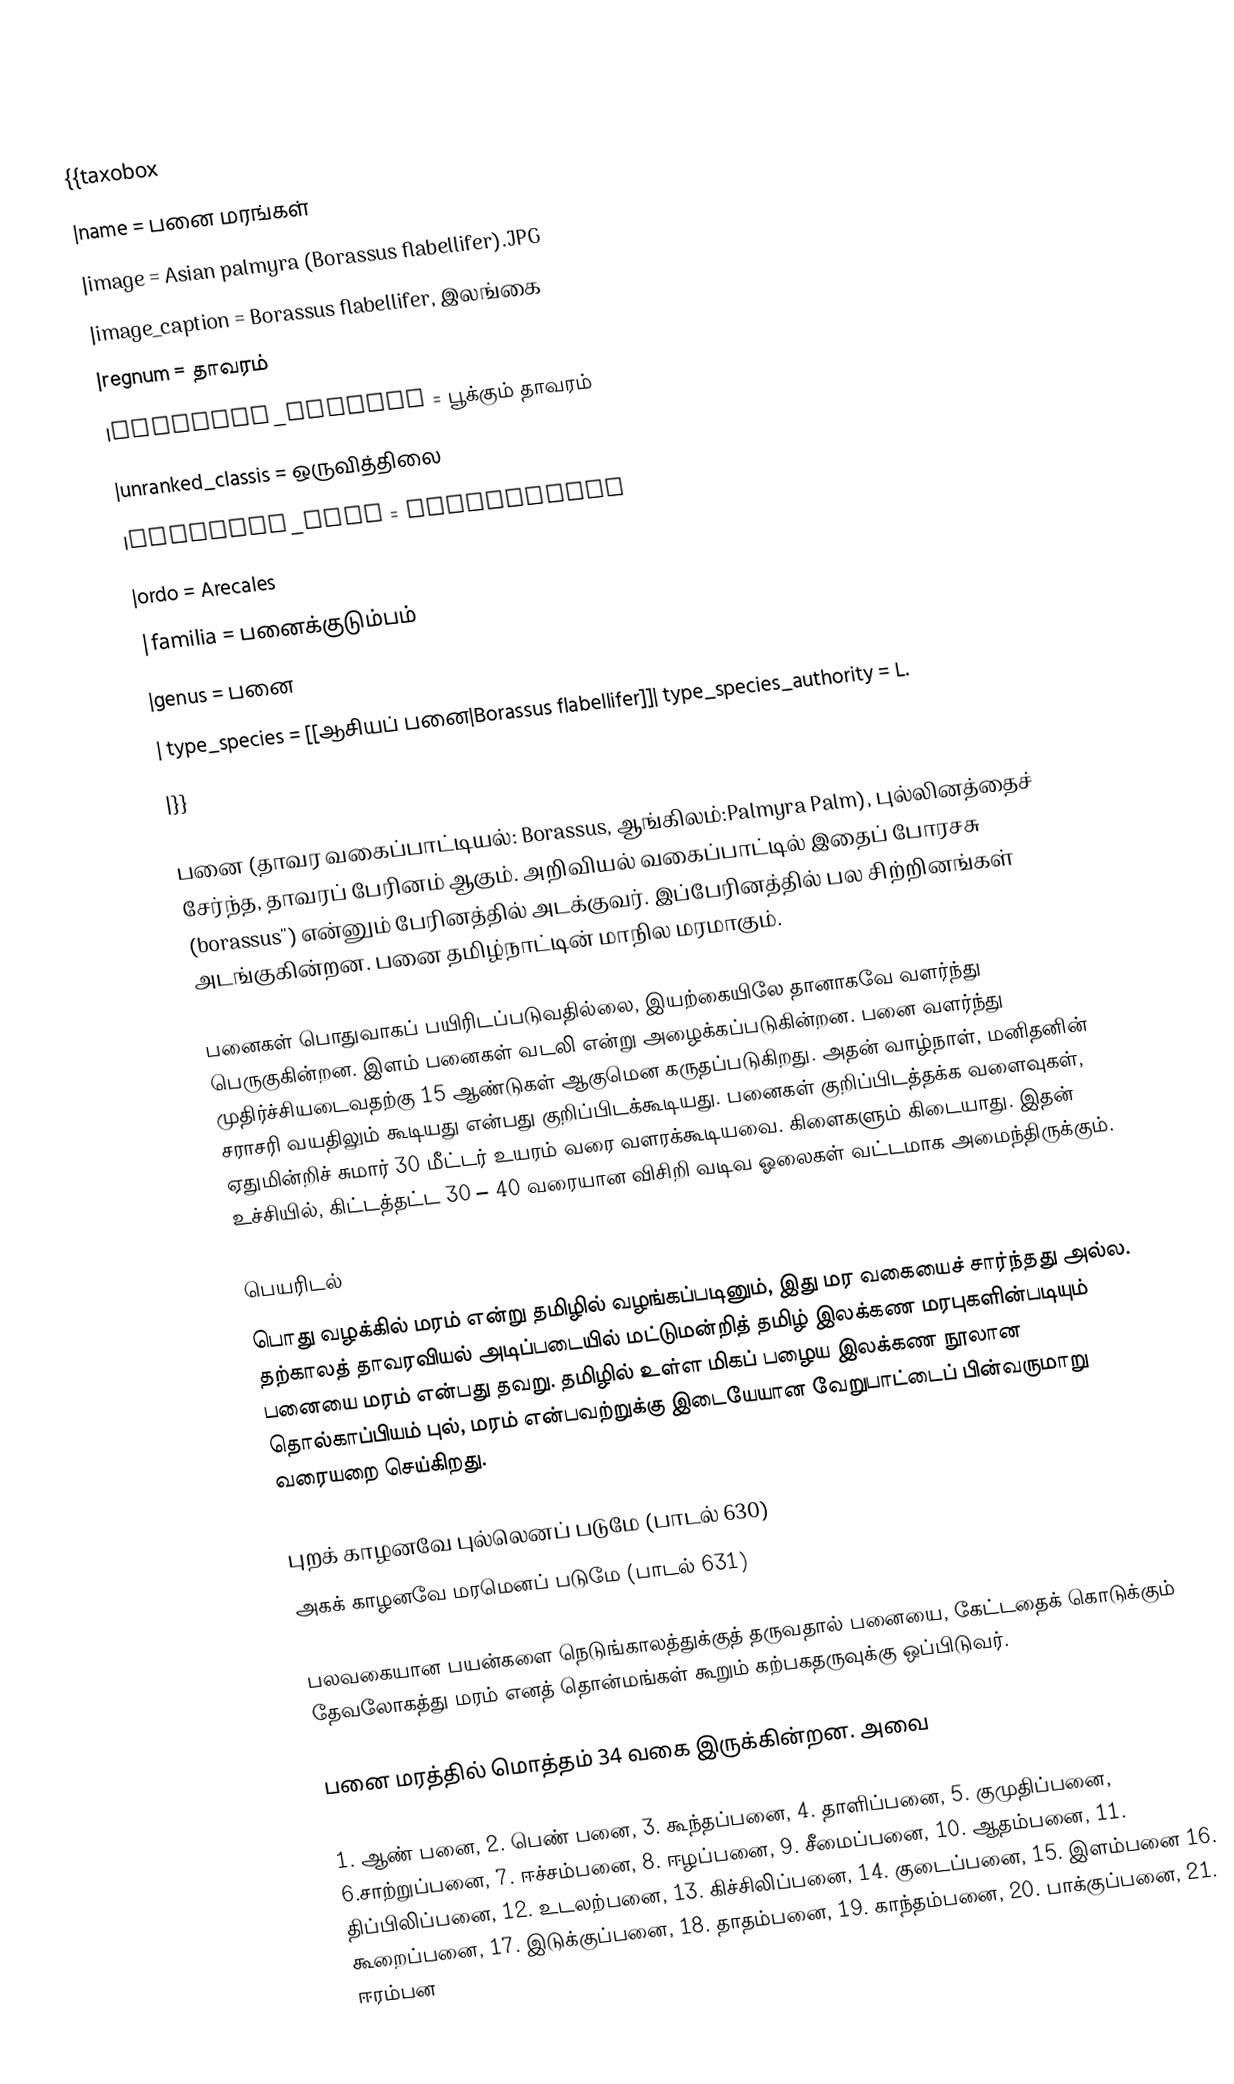
{{taxobox
|name = பனை மரங்கள்
|image = Asian palmyra (Borassus flabellifer).JPG
|image_caption = Borassus flabellifer, இலங்கை
|regnum = தாவரம்
|unranked_divisio = பூக்கும் தாவரம்
|unranked_classis = ஒருவித்திலை
|unranked_ordo = Commelinids
|ordo = 	Arecales
|familia = பனைக்குடும்பம்
|genus = பனை
| type_species = [[ஆசியப் பனை|Borassus flabellifer]]| type_species_authority = L.
|}}

பனை (தாவர வகைப்பாட்டியல்: Borassus, ஆங்கிலம்:Palmyra Palm), புல்லினத்தைச் சேர்ந்த, தாவரப் பேரினம் ஆகும். அறிவியல் வகைப்பாட்டில் இதைப் போரசசு (borassus'') என்னும் பேரினத்தில் அடக்குவர். இப்பேரினத்தில் பல சிற்றினங்கள் அடங்குகின்றன. பனை தமிழ்நாட்டின் மாநில மரமாகும்.

பனைகள் பொதுவாகப் பயிரிடப்படுவதில்லை, இயற்கையிலே தானாகவே வளர்ந்து பெருகுகின்றன. இளம் பனைகள் வடலி என்று அழைக்கப்படுகின்றன. பனை வளர்ந்து முதிர்ச்சியடைவதற்கு 15 ஆண்டுகள் ஆகுமென கருதப்படுகிறது. அதன் வாழ்நாள், மனிதனின் சராசரி வயதிலும் கூடியது என்பது குறிப்பிடக்கூடியது. பனைகள் குறிப்பிடத்தக்க வளைவுகள், ஏதுமின்றிச் சுமார் 30 மீட்டர் உயரம் வரை வளரக்கூடியவை. கிளைகளும் கிடையாது. இதன் உச்சியில், கிட்டத்தட்ட 30 – 40 வரையான விசிறி வடிவ ஓலைகள் வட்டமாக அமைந்திருக்கும்.

பெயரிடல்
பொது வழக்கில் மரம் என்று தமிழில் வழங்கப்படினும், இது மர வகையைச் சார்ந்தது அல்ல. தற்காலத் தாவரவியல் அடிப்படையில் மட்டுமன்றித் தமிழ் இலக்கண மரபுகளின்படியும் பனையை மரம் என்பது தவறு. தமிழில் உள்ள மிகப் பழைய இலக்கண நூலான தொல்காப்பியம் புல், மரம் என்பவற்றுக்கு இடையேயான வேறுபாட்டைப் பின்வருமாறு வரையறை செய்கிறது.

புறக் காழனவே புல்லெனப் படுமே (பாடல் 630)
அகக் காழனவே மரமெனப் படுமே (பாடல் 631)

பலவகையான பயன்களை நெடுங்காலத்துக்குத் தருவதால் பனையை, கேட்டதைக் கொடுக்கும் தேவலோகத்து மரம் எனத் தொன்மங்கள் கூறும் கற்பகதருவுக்கு ஒப்பிடுவர்.

பனை மரத்தில் மொத்தம் 34 வகை இருக்கின்றன. அவை

1. ஆண் பனை, 2. பெண் பனை, 3. கூந்தப்பனை, 4. தாளிப்பனை, 5. குமுதிப்பனை, 6.சாற்றுப்பனை, 7. ஈச்சம்பனை, 8. ஈழப்பனை, 9. சீமைப்பனை, 10. ஆதம்பனை, 11. திப்பிலிப்பனை, 12. உடலற்பனை, 13. கிச்சிலிப்பனை, 14. குடைப்பனை, 15. இளம்பனை 16. கூறைப்பனை, 17. இடுக்குப்பனை, 18. தாதம்பனை, 19. காந்தம்பனை, 20. பாக்குப்பனை, 21. ஈரம்பன